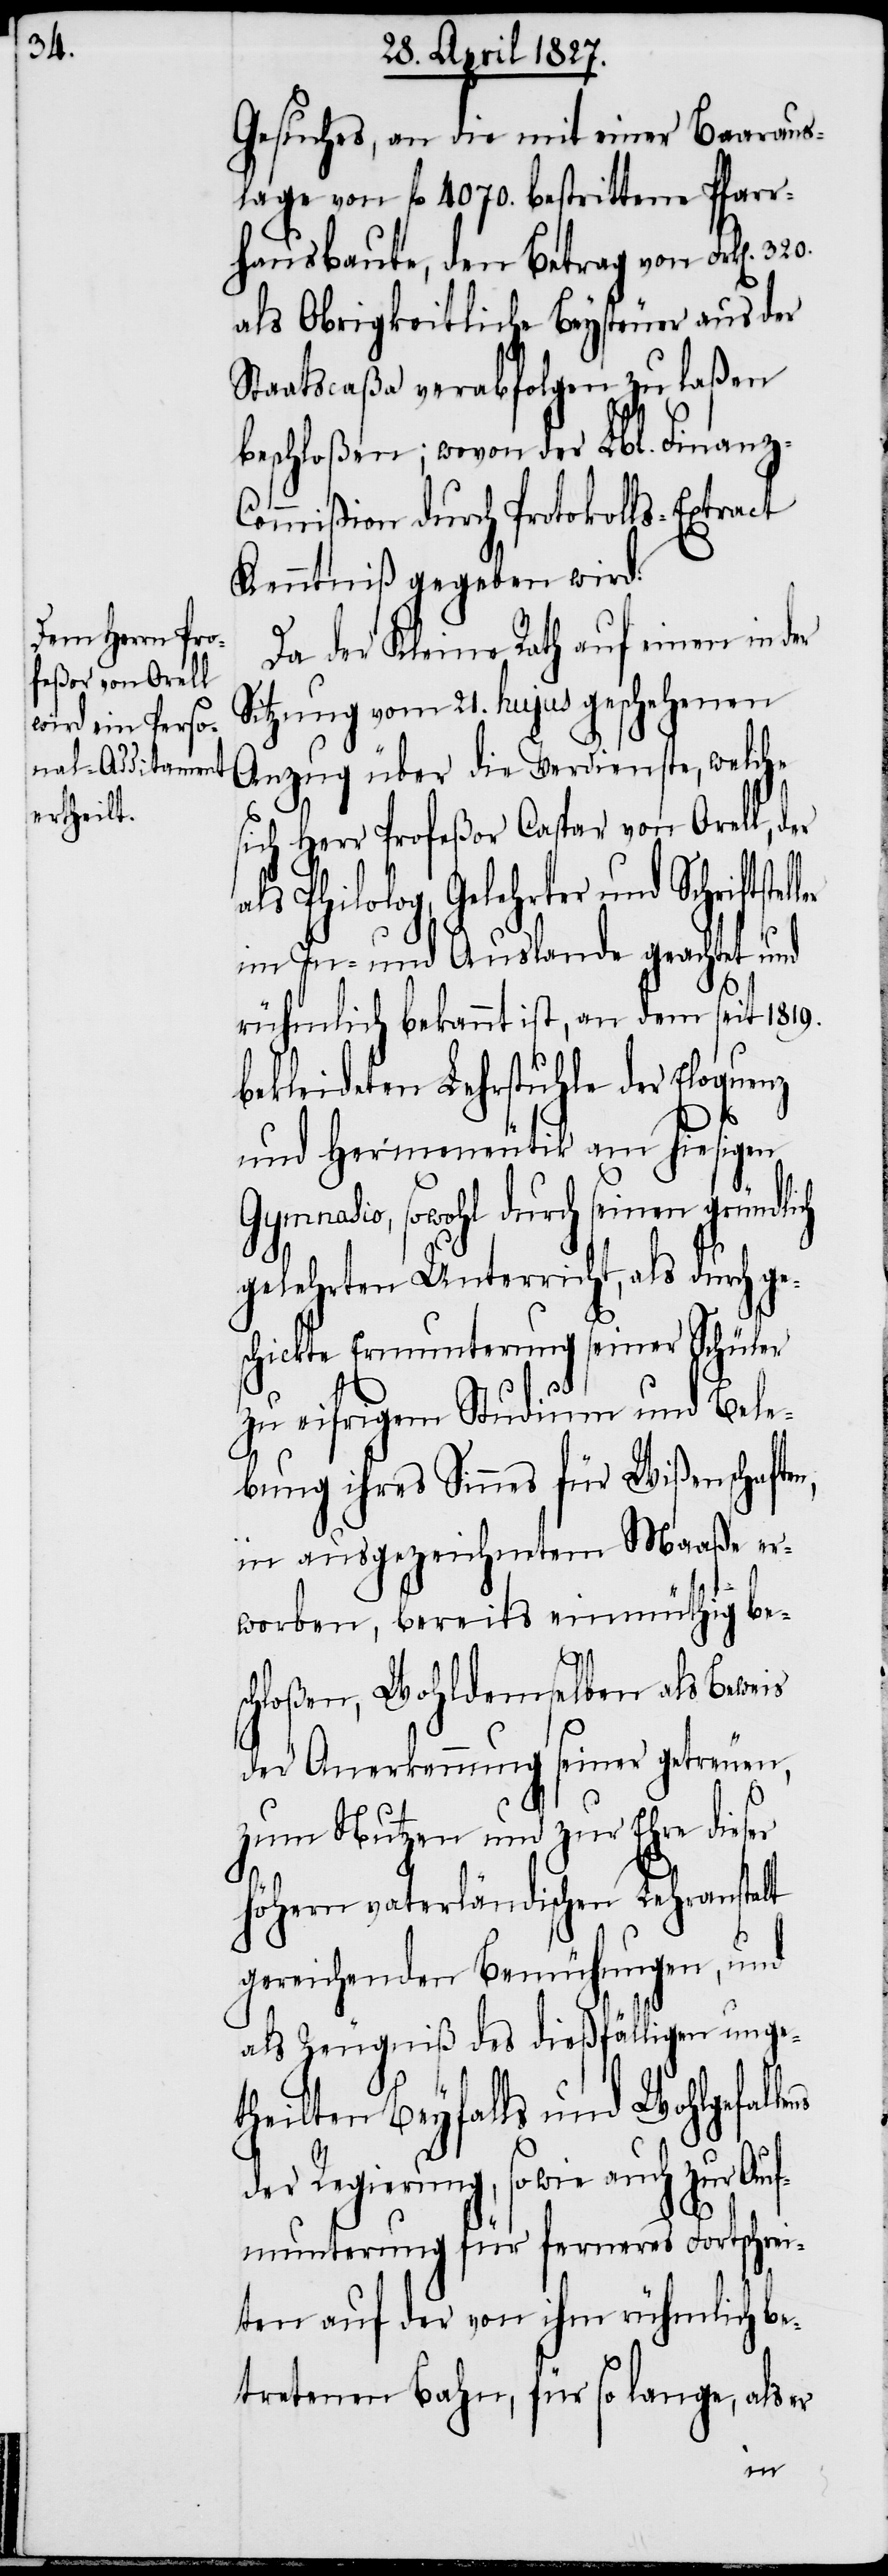
Gesuches, an die mit einer Baaraus¬
lage von fl. 4070. bestrittene Pfarr¬
hausbaute, den Betrag von Frk[en]. 320.
als Obrigkeitliche Beysteuer aus der
Staatscaßa verabfolgen zu laßen
beschloßen; wovon der Lbl. Finanz-C¬
ommißion durch Protokolls-Extract
Kenntniß gegeben wird.
Da der Kleine Rath auf einen in der
Sitzung vom 21. hujus geschehenen
Anzug über die Verdienste, welche
sich Herr Profeßor Caspar von Orell,
Philolog, Gelehrter und Schriftst¬
im In- und Auslande geachtet und
rühmlich bekannt ist, an dem seit 1819.
bekleideten Lehrstuhle der Eloque¬
und Hermeneutik am hiesigen
Gymnasio, sowohl durch seinen gründlich
gelehrten Unterricht, als durch ge¬
schickte Ermunterung seiner Schüler
zu eifrigem Studium und Bele¬
bung ihres Sinnes für Wißenschafte¬
in ausgezeichnetem Maaße er¬
worben, bereits einmüthig be¬
lens
schloßen, Wohldemselben als Beweis
der Anerkennung seiner getreuen,
zum Nutzen und zur Ehre dieser
höhern vaterländischen Lehranstalt
gereichenden Bemühungen, und
als Zeugniß des dießfälligen unge¬
theilten Beyfalls und Wohlgefal¬
der Regierung, sowie auch zur Auf¬
munterung für ferneres Fortschrei¬
ten auf der von ihm rühmlich be¬
tretenen Bahn, für so lange, als er
n,